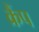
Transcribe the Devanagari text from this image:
क्रैंप